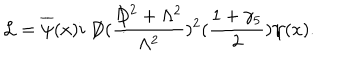
LaTeX: { \cal L } = \overline { { { \psi } } } ( x ) i \not { \! \! D } ( \frac { \not { \! \! D } ^ { 2 } + \Lambda ^ { 2 } } { \Lambda ^ { 2 } } ) ^ { 2 } ( \frac { 1 + \gamma _ { 5 } } { 2 } ) \psi ( x ) .